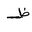
Letter: _za